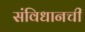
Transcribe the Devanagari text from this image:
संविधानची